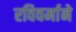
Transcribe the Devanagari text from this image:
रविवर्माने